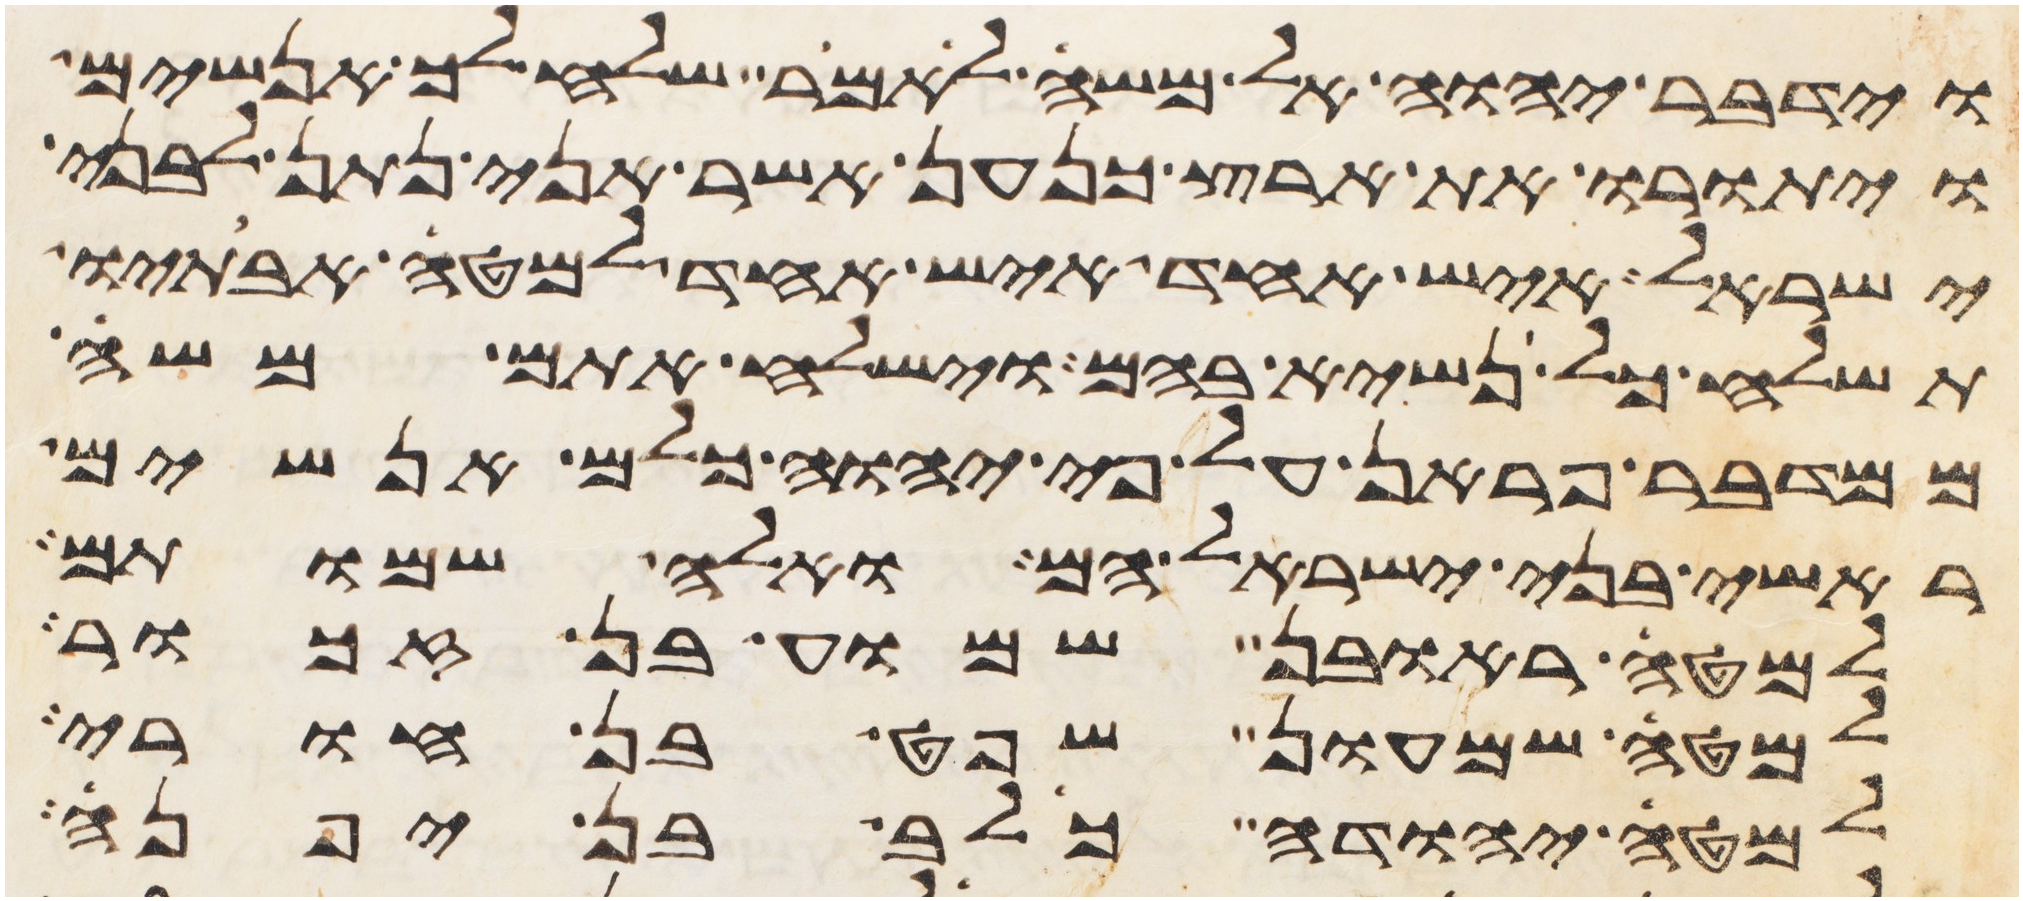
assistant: וידבר יהוה אל משה לאמר שלח לך אנשים
ויתורו את ארץ כנען אשר אני נתן לבני
ישראל איש אחד איש אחד למטה אבתיו
תשלח כל נשיא בהם וישלח אתם משה
ממדבר פראן על פי יהוה כלם אנשים
ראשי בני ישראל הם ואלה שמותם
למטה ראובן שמוע בן זכור
למטה שמעון שפט בן חורי
למטה יהודה כלב בן יפנה